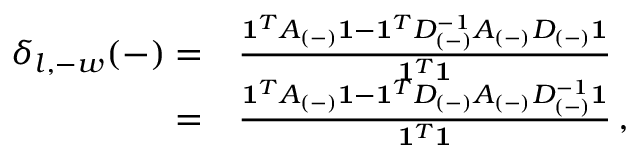
\begin{array} { r l } { \delta _ { l , - w } ( - ) = } & { { } \frac { \mathbf { 1 } ^ { T } A _ { ( - ) } \mathbf { 1 } - \mathbf { 1 } ^ { T } D _ { ( - ) } ^ { - 1 } A _ { ( - ) } D _ { ( - ) } \mathbf { 1 } } { \mathbf { 1 } ^ { T } \mathbf { 1 } } } \\ { = } & { { } \frac { \mathbf { 1 } ^ { T } A _ { ( - ) } \mathbf { 1 } - \mathbf { 1 } ^ { T } D _ { ( - ) } A _ { ( - ) } D _ { ( - ) } ^ { - 1 } \mathbf { 1 } } { \mathbf { 1 } ^ { T } \mathbf { 1 } } \, , } \end{array}